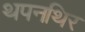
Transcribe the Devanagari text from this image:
थपनथिर